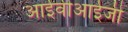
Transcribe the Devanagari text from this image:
आईवीआईजी